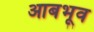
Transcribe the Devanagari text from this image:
आबभूव